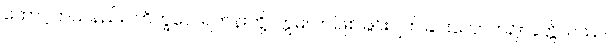
တောင့်တသနည်း။ ဘိက္ခဝေ၊ ရဟန်းတို့။ ဣဓ၊ ဤဖြစ်ခြင်းပျက်ခြင်းလောက၌။ ခတ္တိယဿ၊